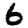
Digit: 6